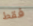
فقط